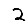
Digit: 2